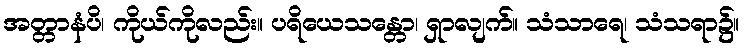
အတ္တာနံပိ၊ ကိုယ်ကိုလည်း။ ပရိယေသန္တော၊ ရှာလျက်။ သံသာရေ၊ သံသရာ၌။